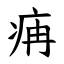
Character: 㾆